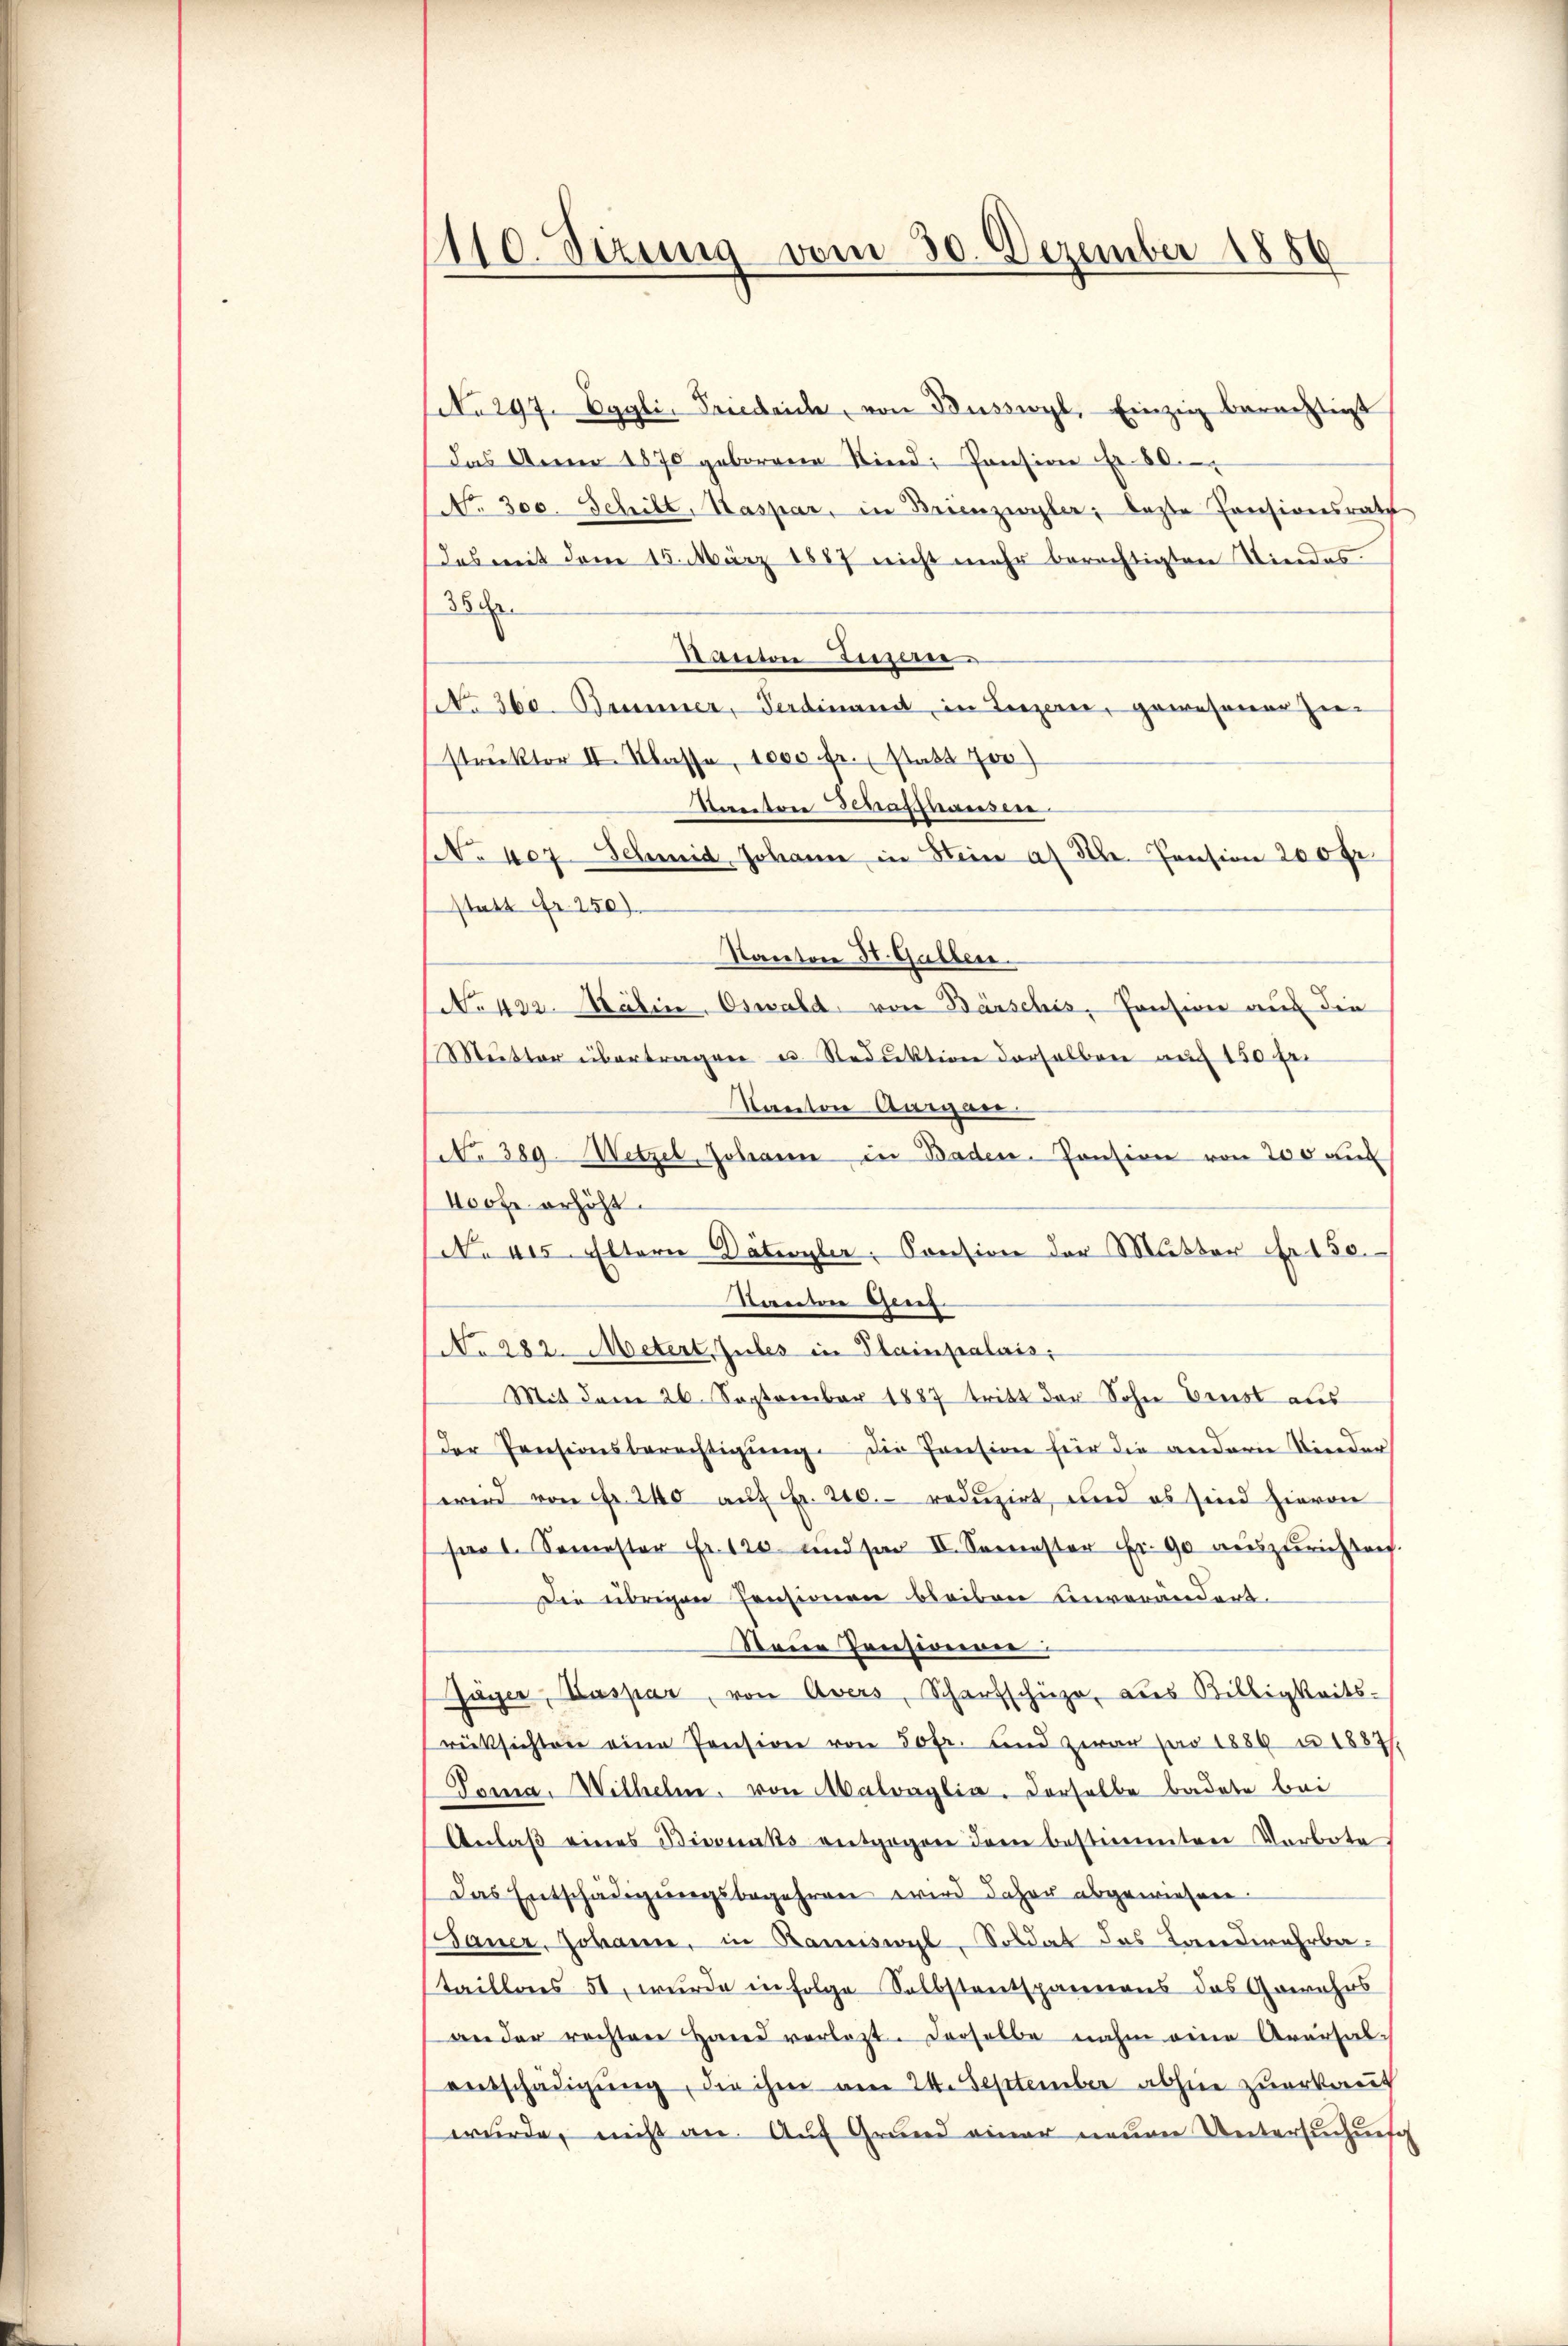
110. Sitzung vom 30. Dezember 1886

No 297. Appli, Friedrich, von Busswyl, Einzig berechtigt
Das Anner 1870 geborene Kind: Pansion fr. 80
No. 300. Schilt, Kaspar, in Brienzivyler; beste Pensionsrath
Das mit dem 15. März 1887 nicht mehr berechtigten Niedes
38
Nanton Luzer
No 360. Bemer, Ferdinant in Luzern, gewesener Zu-
struktor II Klasse, 1000 fr. (statt Jos
Starentree Schaffhausen
NNoke Schmid, Johann in Hein af St. Pension 200 Fr.
statt Fr. 250)
N.422. Malin. Oswald von Bärschis, Consion auf die
Mutter übertragen u. Reduktion derselben auf 150 fr.
Kanton Aargau
NNo. 389. Wetzel, Johann in Baden-Pension von 200 an
400fr. erhöht.
No 415. Elterie Dateyler, Consion der Mutter Nr 150.
Santen Gent
No 282. Metert. Jules in Plainpalais.
Mit dem 26. September 1887 tritt der Sohn Ernst aus
der Preisionsberechtigŭng. Die Pension für die andern Nieder
wird von Fr. 240 auf Fr. 200. reduzirt, und es sind hievon
sao 1. Semester Fr. 120 und par II. Semester Fr. 90 auszurichten.
Die übrigen Pensionen bleiben einverändert.
Deine Consionen:
Jäger, Kaspar, von Avers, Scharfschür, dies Billigkeits-
rücksichten eine Pension von 50fr. und zwar pro 1889 u 1882/
Tamia. Wilhelm. von Matraglia. Derselbe badete bei
Anlaβ eines Bisenats entgegen dem bestimmten Verbote
Das Entschädigŭngsbegehren wird daher abgewiesen.
Sauer, Johann, in Bamiswyl, Soldat das Landwehrbastaillais 51, wurde in Folge Selbstentspannens das Gewehrs
an der rechterne Hand verlast. Derselbe nahm eine Aversal-
entschädigung, die ihm am 24. September abhin zuerkannt
würde, nicht an. Auf Grund einer neuen Untersuchung

Kanton 30 Gullen.